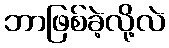
ဘာဖြစ်ခဲ့လို့လဲ